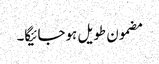
مضمون طویل ہوجائیگا۔